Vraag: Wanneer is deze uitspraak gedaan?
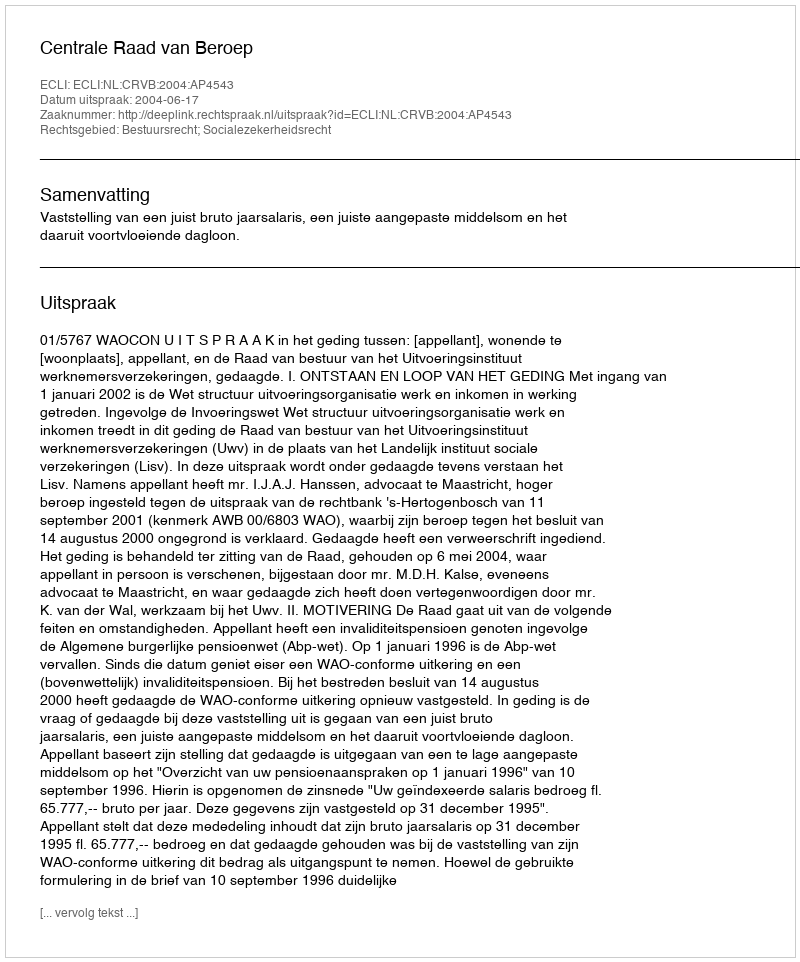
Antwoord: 2004-06-17